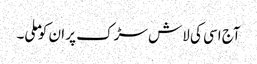
آج اسی کی لاش سڑک پر ان کو ملی۔